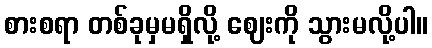
စားစရာ တစ်ခုမှမရှိလို့ ဈေးကို သွားမလို့ပါ။